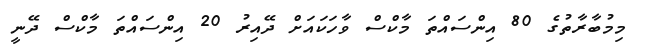
މިމުބާރާތުގެ 80 އިންސައްތަ މާކްސް ވާހަކައަށް ދޭއިރު 20 އިންސައްތަ މާކްސް ދޭނީ